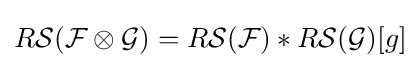
R{\mathcal {S}}({\mathcal {F}}\otimes {\mathcal {G}})=R{\mathcal {S}}({\mathcal {F}})\ast R{\mathcal {S}}({\mathcal {G}})[g]